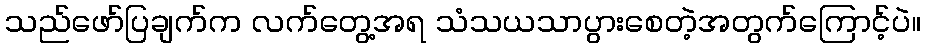
သည်ဖော်ပြချက်က လက်တွေ့အရ သံသယသာပွားစေတဲ့အတွက်ကြောင့်ပဲ။